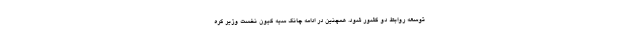
توسعه روابط دو کشور شود. همچنین در ادامه چانگ سیه کیون نخست وزیر کره